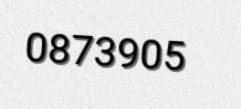
0873905